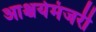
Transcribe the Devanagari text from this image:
आश्चर्यमंजरी